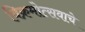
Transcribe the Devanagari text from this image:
विक्रमोत्सवाचे